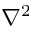
\nabla ^ { 2 }